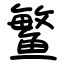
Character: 鳘